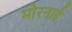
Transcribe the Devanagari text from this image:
मोरनाई